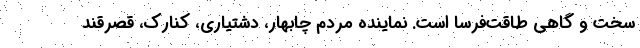
سخت و گاهی طاقت‌فرسا است. نماینده مردم چابهار، دشتیاری، کنارک، قصرقند